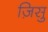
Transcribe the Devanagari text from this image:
ज़िसु